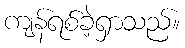
ကျန်ရစ်ခဲ့ရှာသည်။